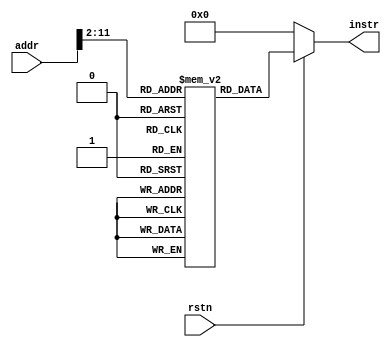
`timescale 1ns / 1ps

module instrMem(
    input rstn,
    input [31:0] addr,
    output [31:0] instr
    );
    reg [31:0] mem [1023:0];
    assign instr = rstn == 0 ? 0 : mem[addr[31:2]];
endmodule